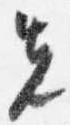
先